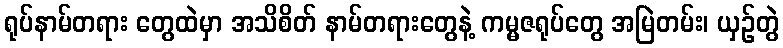
ရုပ်နာမ်တရား တွေထဲမှာ အသိစိတ် နာမ်တရားတွေနဲ့ ကမ္မဇရုပ်တွေ အမြဲတမ်း၊ ယှဉ်တွဲ